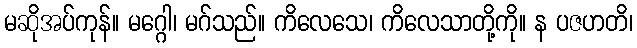
မဆိုအပ်ကုန်။ မဂ္ဂေါ၊ မဂ်သည်။ ကိလေသေ၊ ကိလေသာတို့ကို။ န ပဇဟတိ၊